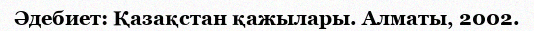
Әдебиет: Қазақстан қажылары. Алматы, 2002.